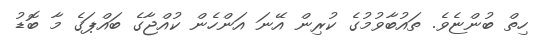
ހިތް ބުންޏެވެ. ތައުބާވުމުގެ ކުރިން އޭނަ އަންހެން ކުއްޖާގެ ބައްޕަގެ މާ ބޮޑު